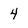
Character: 4